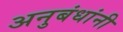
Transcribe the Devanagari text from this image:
अनुबंधांनी